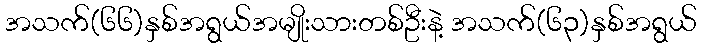
အသက်(၆၆)နှစ်အရွယ်အမျိုးသားတစ်ဦးနဲ့ အသက်(၆၃)နှစ်အရွယ်